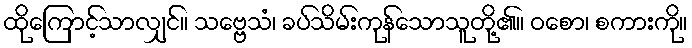
ထိုကြောင့်သာလျှင်။ သဗ္ဗေသံ၊ ခပ်သိမ်းကုန်သောသူတို့၏။ ဝစော၊ စကားကို။